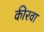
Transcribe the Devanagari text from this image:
कीरवा